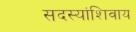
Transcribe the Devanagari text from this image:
सदस्यांशिवाय